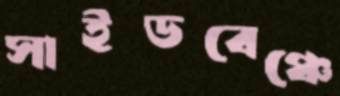
সাইডবেঞ্চে